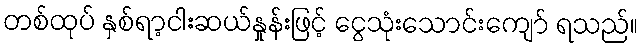
တစ်ထုပ် နှစ်ရာ့ငါးဆယ်နှုန်းဖြင့် ငွေသုံးသောင်းကျော် ရသည်။